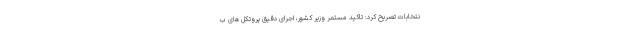
نتخابات تصریح کرد: تاکید مستمر وزیر کشور، اجرای دقیق پروتکل های ب